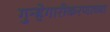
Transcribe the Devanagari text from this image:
गुन्हेगारीकरणाच्या